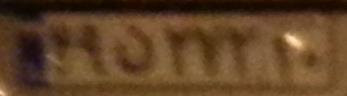
۴۹ن۲۷۲۱۰